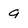
Character: g